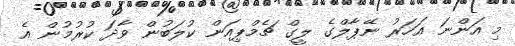
މި އަންނަ އަހަރު ނޭޕާލްގެ ލީގް ޗެމްޕިއަން ކުލަބުން ވާދަ ކުރުމުން އެ